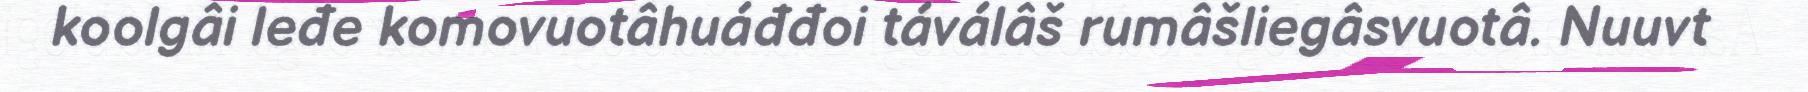
koolgâi leđe komovuotâhuáđđoi táválâš rumâšliegâsvuotâ. Nuuvt